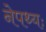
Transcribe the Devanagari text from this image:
नेपथ्यः